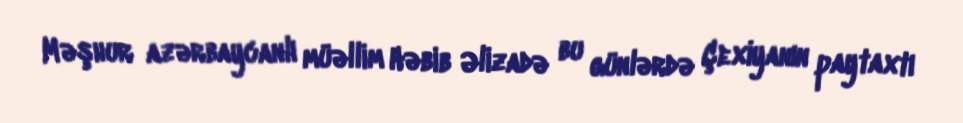
Məşhur azərbaycanlı müəllim Həbib Əlizadə bu günlərdə Çexiyanın paytaxtı